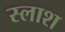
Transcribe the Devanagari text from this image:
स्लाश